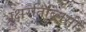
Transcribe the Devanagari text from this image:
अक्षरतिब्लिसी